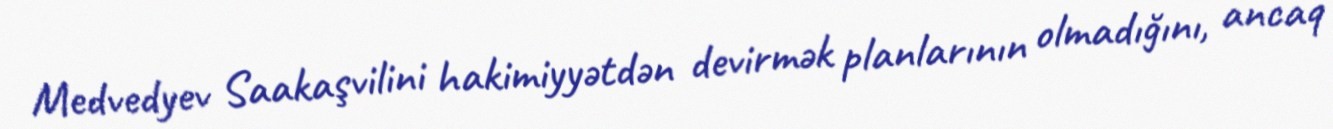
Medvedyev Saakaşvilini hakimiyyətdən devirmək planlarının olmadığını, ancaq